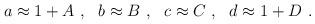
LaTeX: \begin{align*}a\approx 1+A~,~~b \approx B~,~~c\approx C~,~~d\approx 1+D~.\end{align*}